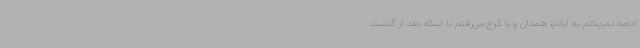
ادامه تمریناتم به ایلام، همدان و یا کرج می‌رفتم تا اینکه بعد از گذشت